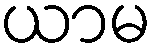
ယာမ